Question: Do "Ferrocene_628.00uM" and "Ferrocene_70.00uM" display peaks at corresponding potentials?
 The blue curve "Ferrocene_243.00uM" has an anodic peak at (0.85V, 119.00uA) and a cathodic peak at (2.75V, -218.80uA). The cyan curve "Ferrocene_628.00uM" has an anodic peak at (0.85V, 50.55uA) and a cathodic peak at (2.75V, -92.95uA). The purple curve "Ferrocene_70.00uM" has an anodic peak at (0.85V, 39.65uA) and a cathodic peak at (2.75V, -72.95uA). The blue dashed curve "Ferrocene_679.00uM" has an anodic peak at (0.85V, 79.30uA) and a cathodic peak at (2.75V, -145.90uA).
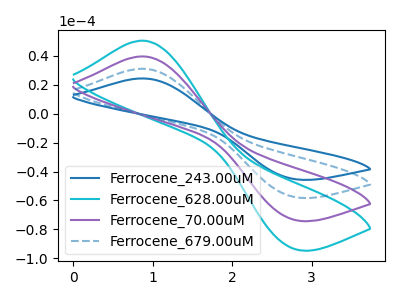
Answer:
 <answer>Yes, "Ferrocene_628.00uM" have a peak in "Ferrocene_70.00uM" at the same potential.</answer>
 <eval>match</eval>